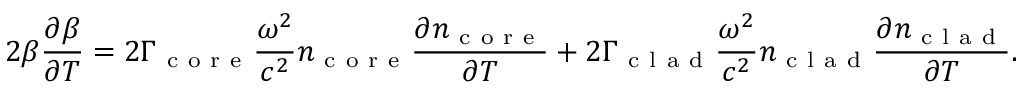
2 \beta \frac { \partial \beta } { \partial T } = 2 \Gamma _ { \mathrm { ~ c ~ o ~ r ~ e ~ } } \frac { \omega ^ { 2 } } { c ^ { 2 } } n _ { \mathrm { ~ c ~ o ~ r ~ e ~ } } \frac { \partial n _ { \mathrm { ~ c ~ o ~ r ~ e ~ } } } { \partial T } + 2 \Gamma _ { \mathrm { ~ c ~ l ~ a ~ d ~ } } \frac { \omega ^ { 2 } } { c ^ { 2 } } n _ { \mathrm { ~ c ~ l ~ a ~ d ~ } } \frac { \partial n _ { \mathrm { ~ c ~ l ~ a ~ d ~ } } } { \partial T } .